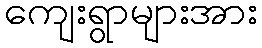
ကျေးရွာများအား